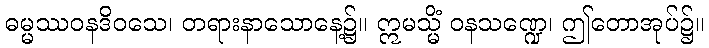
ဓမ္မဿဝနဒိဝသေ၊ တရားနာသောနေ့၌။ ဣမသ္မိံ ဝနသဏ္ဍေ၊ ဤတောအုပ်၌။